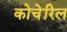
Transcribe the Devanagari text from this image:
कोचेरिल